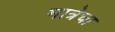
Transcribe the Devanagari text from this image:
मात्रेचा